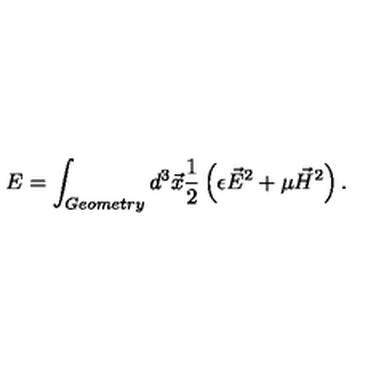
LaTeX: E = \int _ { G e o m e t r y } d ^ { 3 } \vec { x } \frac { 1 } { 2 } \left( \epsilon \vec { E } ^ { 2 } + \mu \vec { H } ^ { 2 } \right) .